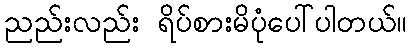
ညည်းလည်း ရိပ်စားမိပုံပေါ်ပါတယ်။